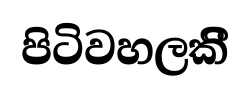
පිටිවහලකිී